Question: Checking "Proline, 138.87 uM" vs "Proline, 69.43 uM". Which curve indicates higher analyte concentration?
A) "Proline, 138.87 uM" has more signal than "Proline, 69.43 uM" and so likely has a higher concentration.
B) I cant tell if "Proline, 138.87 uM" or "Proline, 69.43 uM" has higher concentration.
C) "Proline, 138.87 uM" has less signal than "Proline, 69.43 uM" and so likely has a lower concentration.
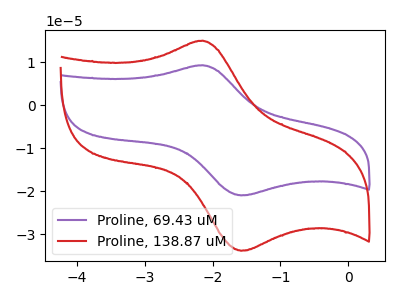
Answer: <think>The purple curve "Proline, 69.43 uM" has an anodic peak at (-2.15V, 9.30uA) and a cathodic peak at (-1.60V, -20.95uA). The red curve "Proline, 138.87 uM" has an anodic peak at (-2.15V, 15.00uA) and a cathodic peak at (-1.60V, -33.80uA).
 All the peaks in "Proline, 138.87 uM" have a peak in "Proline, 69.43 uM" at the same potential. Every peak in "Proline, 138.87 uM" is higher than every peak in "Proline, 69.43 uM".</think>
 <answer>A) "Proline, 138.87 uM" has more signal than "Proline, 69.43 uM" and so likely has a higher concentration.</answer>
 <eval>A</eval>